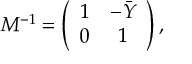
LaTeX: M ^ { - 1 } = \left( \begin{array} { c c } { { 1 } } & { { - \bar { Y } } } \\ { { 0 } } & { { 1 } } \end{array} \right) ,